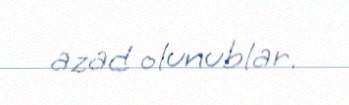
azad olunublar.